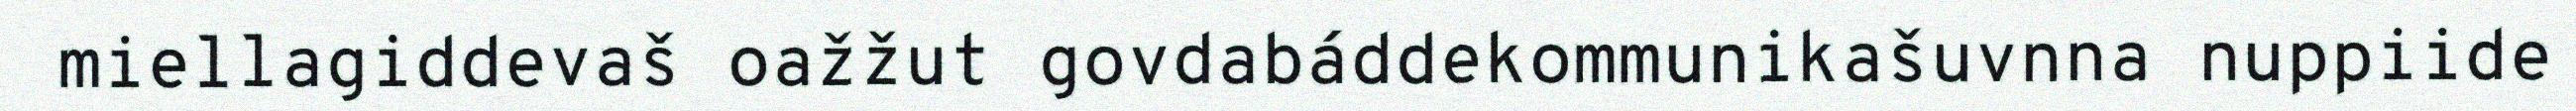
miellagiddevaš oažžut govdabáddekommunikašuvnna nuppiide